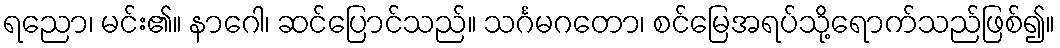
ရညော၊ မင်း၏။ နာဂေါ၊ ဆင်ပြောင်သည်။ သင်္ဂမဂတော၊ စင်မြေအရပ်သို့ရောက်သည်ဖြစ်၍။